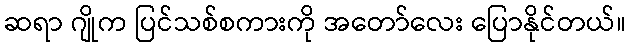
ဆရာ ဂျိုက ပြင်သစ်စကားကို အတော်လေး ပြောနိုင်တယ်။